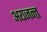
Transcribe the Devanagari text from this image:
अयजन्त